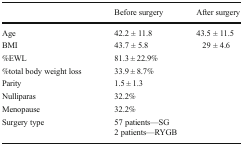
<table><thead><tr><td></td><td><b>Before surgery</b></td><td><b>After surgery</b></td></tr></thead><tbody><tr><td>Age</td><td>42.2 ± 11.8</td><td>43.5 ± 11.5</td></tr><tr><td>BMI</td><td>43.7 ± 5.8</td><td>29 ± 4.6</td></tr><tr><td>%EWL</td><td colspan="2">81.3 ± 22.9%</td></tr><tr><td>%total body weight loss</td><td colspan="2">33.9 ± 8.7%</td></tr><tr><td>Parity</td><td colspan="2">1.5 ± 1.3</td></tr><tr><td>Nulliparas</td><td colspan="2">32.2%</td></tr><tr><td>Menopause</td><td colspan="2">32.2%</td></tr><tr><td>Surgery type</td><td colspan="2">57 patients—SG2 patients—RYGB</td></tr></tbody></table>